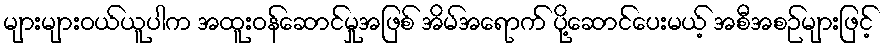
များများဝယ်ယူပါက အထူးဝန်ဆောင်မှုအဖြစ် အိမ်အရောက် ပို့ဆောင်ပေးမယ့် အစီအစဉ်များဖြင့်